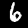
Label: 6